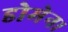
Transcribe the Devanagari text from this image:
डोमेन।